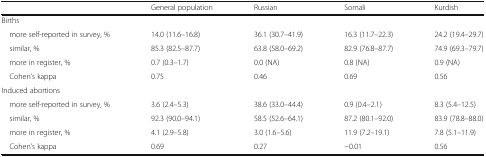
<table><thead><tr><td></td><td><b>General population</b></td><td><b>Russian</b></td><td><b>Somali</b></td><td><b>Kurdish</b></td></tr></thead><tbody><tr><td colspan="5">Births</td></tr><tr><td> more self-reported in survey, %</td><td>14.0 (11.6–16.8)</td><td>36.1 (30.7–41.9)</td><td>16.3 (11.7–22.3)</td><td>24.2 (19.4–29.7)</td></tr><tr><td> similar, %</td><td>85.3 (82.5–87.7)</td><td>63.8 (58.0–69.2)</td><td>82.9 (76.8–87.7)</td><td>74.9 (69.3–79.7)</td></tr><tr><td> more in register, %</td><td>0.7 (0.3–1.7)</td><td>0.0 (NA)</td><td>0.8 (NA)</td><td>0.9 (NA)</td></tr><tr><td> Cohen’s kappa</td><td>0.75</td><td>0.46</td><td>0.69</td><td>0.56</td></tr><tr><td colspan="5">Induced abortions</td></tr><tr><td> more self-reported in survey, %</td><td>3.6 (2.4–5.3)</td><td>38.6 (33.0–44.4)</td><td>0.9 (0.4–2.1)</td><td>8.3 (5.4–12.5)</td></tr><tr><td> similar, %</td><td>92.3 (90.0–94.1)</td><td>58.5 (52.6–64.1)</td><td>87.2 (80.1–92.0)</td><td>83.9 (78.8–88.0)</td></tr><tr><td> more in register, %</td><td>4.1 (2.9–5.8)</td><td>3.0 (1.6–5.6)</td><td>11.9 (7.2–19.1)</td><td>7.8 (5.1–11.9)</td></tr><tr><td> Cohen’s kappa</td><td>0.69</td><td>0.27</td><td>−0.01</td><td>0.56</td></tr></tbody></table>